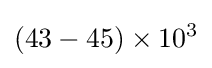
(43-45)\times 10^{3}